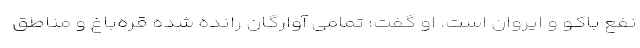
نفع باکو و ایروان است. او گفت: تمامی آوارگان رانده شده قره‌باغ و مناطق